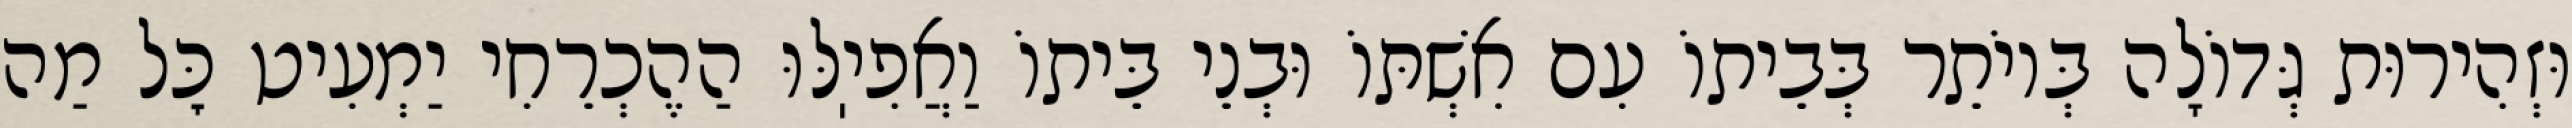
וּזְהִירוּת גְּדוֹלָה בְּיוֹתֵר בְּבֵיתוֹ עִם אִשְׁתּוֹ וּבְנֵי בֵּיתוֹ וַאֲפִיֽלּוּ הַהֶכְרֵחִי יַמְעִיט כׇּל מַה